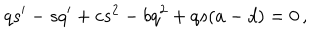
LaTeX: q s ^ { \prime } - s q ^ { \prime } + c s ^ { 2 } - b q ^ { 2 } + q s ( a - d ) = 0 \, ,